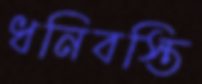
ধনিবস্তি